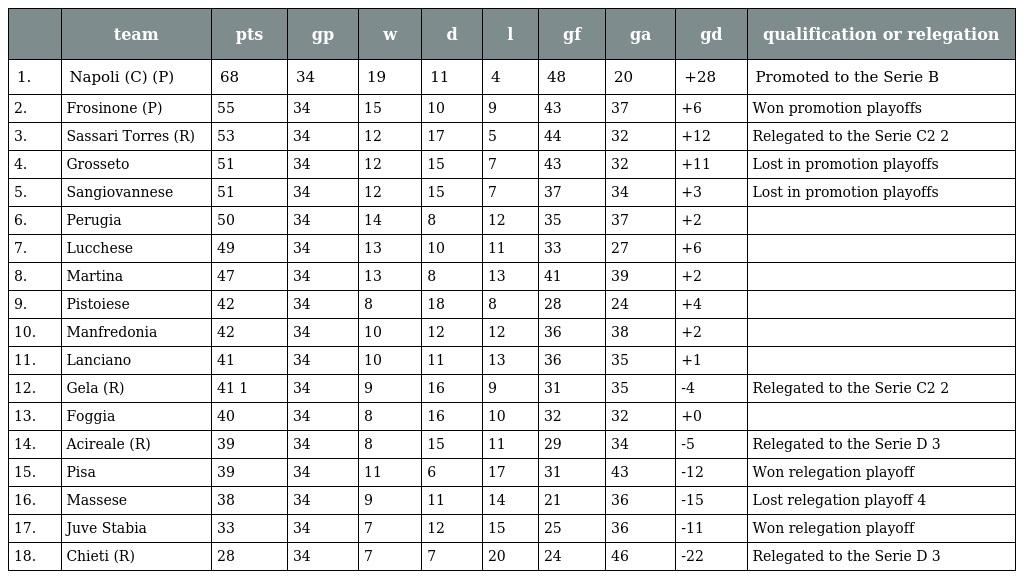
|  | team | pts | gp | w | d | l | gf | ga | gd | qualification or relegation |
 | --- | --- | --- | --- | --- | --- | --- | --- | --- | --- | --- |
 | 1. | Napoli (C) (P) | 68 | 34 | 19 | 11 | 4 | 48 | 20 | +28 | Promoted to the Serie B |
 | 2. | Frosinone (P) | 55 | 34 | 15 | 10 | 9 | 43 | 37 | +6 | Won promotion playoffs |
 | 3. | Sassari Torres (R) | 53 | 34 | 12 | 17 | 5 | 44 | 32 | +12 | Relegated to the Serie C2 2 |
 | 4. | Grosseto | 51 | 34 | 12 | 15 | 7 | 43 | 32 | +11 | Lost in promotion playoffs |
 | 5. | Sangiovannese | 51 | 34 | 12 | 15 | 7 | 37 | 34 | +3 | Lost in promotion playoffs |
 | 6. | Perugia | 50 | 34 | 14 | 8 | 12 | 35 | 37 | +2 |  |
 | 7. | Lucchese | 49 | 34 | 13 | 10 | 11 | 33 | 27 | +6 |  |
 | 8. | Martina | 47 | 34 | 13 | 8 | 13 | 41 | 39 | +2 |  |
 | 9. | Pistoiese | 42 | 34 | 8 | 18 | 8 | 28 | 24 | +4 |  |
 | 10. | Manfredonia | 42 | 34 | 10 | 12 | 12 | 36 | 38 | +2 |  |
 | 11. | Lanciano | 41 | 34 | 10 | 11 | 13 | 36 | 35 | +1 |  |
 | 12. | Gela (R) | 41 1 | 34 | 9 | 16 | 9 | 31 | 35 | -4 | Relegated to the Serie C2 2 |
 | 13. | Foggia | 40 | 34 | 8 | 16 | 10 | 32 | 32 | +0 |  |
 | 14. | Acireale (R) | 39 | 34 | 8 | 15 | 11 | 29 | 34 | -5 | Relegated to the Serie D 3 |
 | 15. | Pisa | 39 | 34 | 11 | 6 | 17 | 31 | 43 | -12 | Won relegation playoff |
 | 16. | Massese | 38 | 34 | 9 | 11 | 14 | 21 | 36 | -15 | Lost relegation playoff 4 |
 | 17. | Juve Stabia | 33 | 34 | 7 | 12 | 15 | 25 | 36 | -11 | Won relegation playoff |
 | 18. | Chieti (R) | 28 | 34 | 7 | 7 | 20 | 24 | 46 | -22 | Relegated to the Serie D 3 |